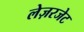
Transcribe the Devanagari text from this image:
लेज़रजेट